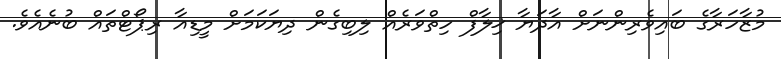
މުޒާހަރާގެ ބައިވެރިންނަށް އާދަޔާ ޚިލާފް ހިތްވަރެއް ލިބިގެން ދިޔަކަމަށް މީޑިއާ ރިޕޯޓްތައް ބުނެއެވެ.